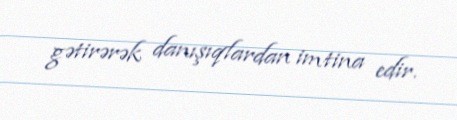
gətirərək danışıqlardan imtina edir.